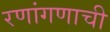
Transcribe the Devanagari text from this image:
रणांगणाची